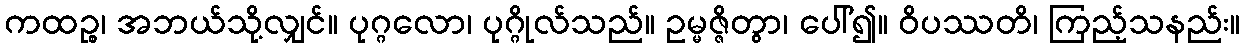
ကထဉ္စ၊ အဘယ်သို့လျှင်။ ပုဂ္ဂလော၊ ပုဂ္ဂိုလ်သည်။ ဥမ္မဇ္ဇိတွာ၊ ပေါ်၍။ ဝိပဿတိ၊ ကြည့်သနည်း။